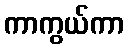
ကာကွယ်ကာ